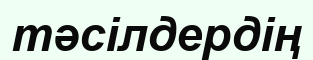
тәсілдердің